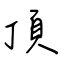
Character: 頂